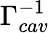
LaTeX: \Gamma_{cav}^{-1}